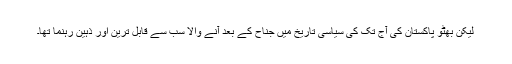
لیکن بھٹو پاکستان کی آج تک کی سیاسی تاریخ میں جناح کے بعد آنے والا سب سے قابل ترین اور ذہین رہنما تھا۔